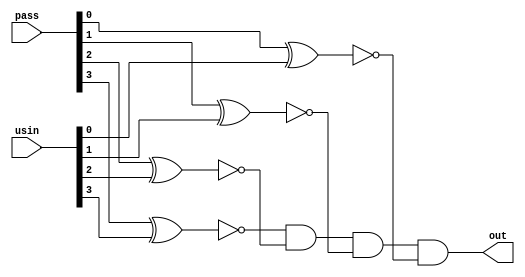
`timescale 1ns / 1ps
//////////////////////////////////////////////////////////////////////////////////
// Company: 
// Engineer: 
// 
// Design Name: 
// Module Name:    comperator 
// Project Name: 
// Target Devices: 
// Tool versions: 
// Description: 
//
// Dependencies: 
//
// Revision: 
// Revision 0.01 - File Created
// Additional Comments: 
//
//////////////////////////////////////////////////////////////////////////////////
module comperator(
	input [3:0] pass,
	input [3:0] usin,
	output out
    );
	 
	 /**
	 * Simple compare a 4 bits numbers by xnor gate.
	 *
	 */
	 
	 wire [3:0] res;
	 xnor
		bit_0 (res[0], pass[0], usin[0]),
		bit_1 (res[1], pass[1], usin[1]),
		bit_2 (res[2], pass[2], usin[2]),
		bit_3 (res[3], pass[3], usin[3]);
		
	 and result (out, res[3], res[2], res[1], res[0]);

endmodule